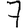
Digit: 7